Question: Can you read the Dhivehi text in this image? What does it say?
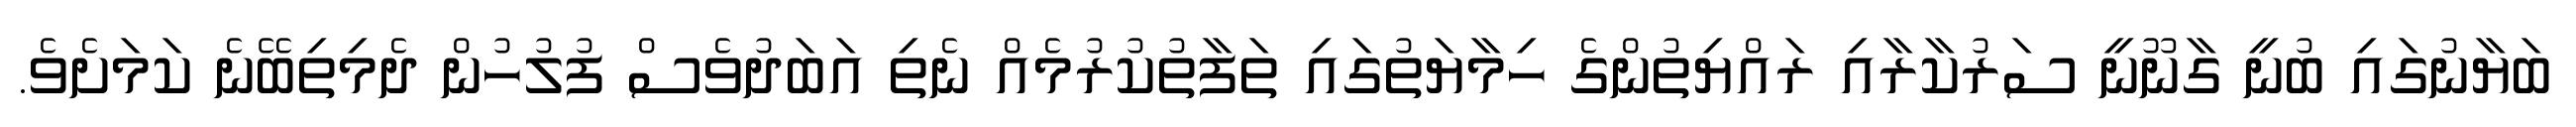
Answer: ބަޔާނުގައި ބުނީ ގާނޫނީ ސަރުކާރާއި ރައްޔިތުންގެ ހިމާޔަތުގައި ތަފާތުކުރުމެއް ނެތި އަބަދުވެސް ފުލުހުން ދެމިތިބޭނެ ކަމަށެވެ.